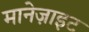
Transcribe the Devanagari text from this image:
मानेज़ाइट